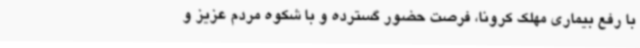
با رفع بیماری مهلک کرونا، فرصت حضور گسترده و با شکوه مردم عزیز و